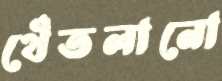
থেঁতলানো